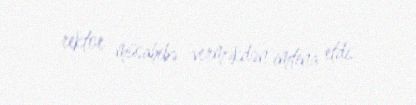
rektor müsahibə verməkdən imtina etdi.